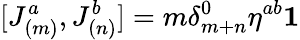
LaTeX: \lbrack J_{(m)}^{a},J_{(n)}^{b}]=m\delta_{m+n}^{0}\eta^{ab}\mathbf{1}